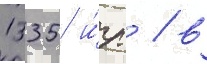
1335 и́гр / в